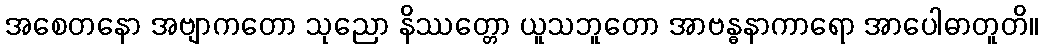
အစေတနော အဗျာကတော သုညော နိဿတ္တော ယူသဘူတော အာဗန္ဓနာကာရော အာပေါဓာတူတိ။